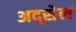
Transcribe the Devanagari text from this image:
अद्सेल